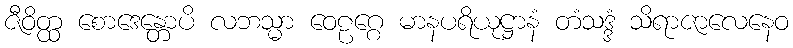
ဇီဝိတ္ထ စောဒေန္တောပိ လဘသ္မာ ဝေဠဂ္ဂေ မာနပရိယုဋ္ဌာနံ တံသဒ္ဒံ သိရာဇာလေနေဝ